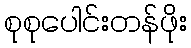
စုစုပေါင်းတန်ဖိုး